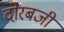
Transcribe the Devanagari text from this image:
दोरबजी